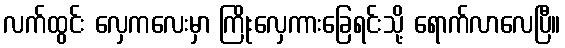
လက်ထွင်း လှေကလေးမှာ ကြိုးလှေကားခြေရင်းသို့ ရောက်လာလေပြီ။